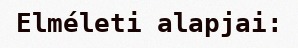
Elméleti alapjai: